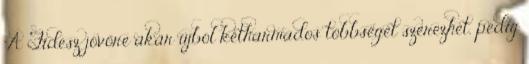
"A Fidesz jövőre akár újból kétharmados többséget szerezhet, pedig